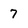
Character: 7